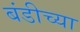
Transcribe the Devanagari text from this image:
बंडीच्या